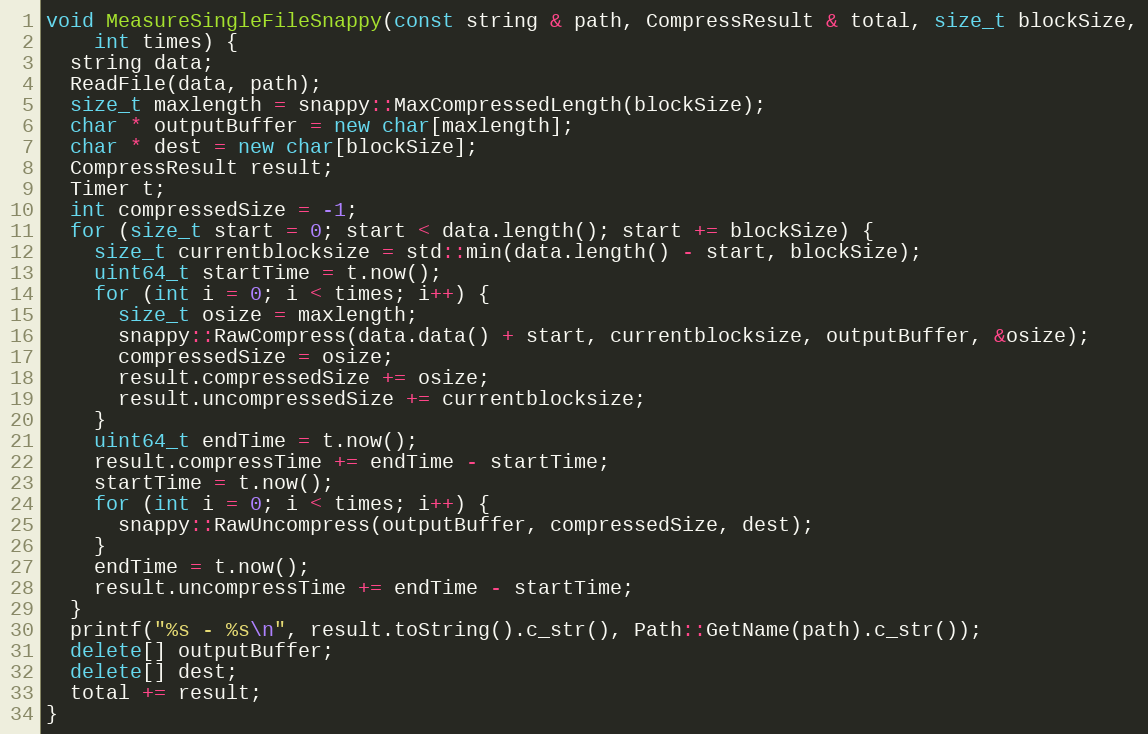
Language: C++
void MeasureSingleFileSnappy(const string & path, CompressResult & total, size_t blockSize,
    int times) {
  string data;
  ReadFile(data, path);
  size_t maxlength = snappy::MaxCompressedLength(blockSize);
  char * outputBuffer = new char[maxlength];
  char * dest = new char[blockSize];
  CompressResult result;
  Timer t;
  int compressedSize = -1;
  for (size_t start = 0; start < data.length(); start += blockSize) {
    size_t currentblocksize = std::min(data.length() - start, blockSize);
    uint64_t startTime = t.now();
    for (int i = 0; i < times; i++) {
      size_t osize = maxlength;
      snappy::RawCompress(data.data() + start, currentblocksize, outputBuffer, &osize);
      compressedSize = osize;
      result.compressedSize += osize;
      result.uncompressedSize += currentblocksize;
    }
    uint64_t endTime = t.now();
    result.compressTime += endTime - startTime;
    startTime = t.now();
    for (int i = 0; i < times; i++) {
      snappy::RawUncompress(outputBuffer, compressedSize, dest);
    }
    endTime = t.now();
    result.uncompressTime += endTime - startTime;
  }
  printf("%s - %s\n", result.toString().c_str(), Path::GetName(path).c_str());
  delete[] outputBuffer;
  delete[] dest;
  total += result;
}